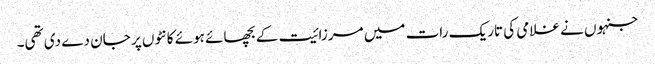
جنہوں نے غلامی کی تاریک رات میں مرزائیت کے بچھائے ہوئے کانٹوں پر جان دے دی تھی۔